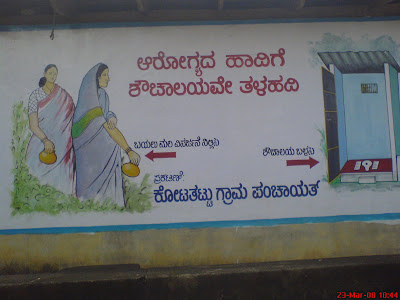
Language: kannada
Transcription: ಹಾದಿಗೆ